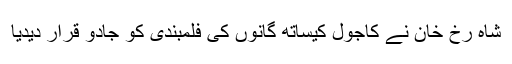
شاہ رخ خان نے کاجول کیساتھ گانوں کی فلمبندی کو جادو قرار دیدیا